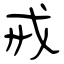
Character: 戒